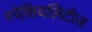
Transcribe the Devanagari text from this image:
स्पेशियलिटीज